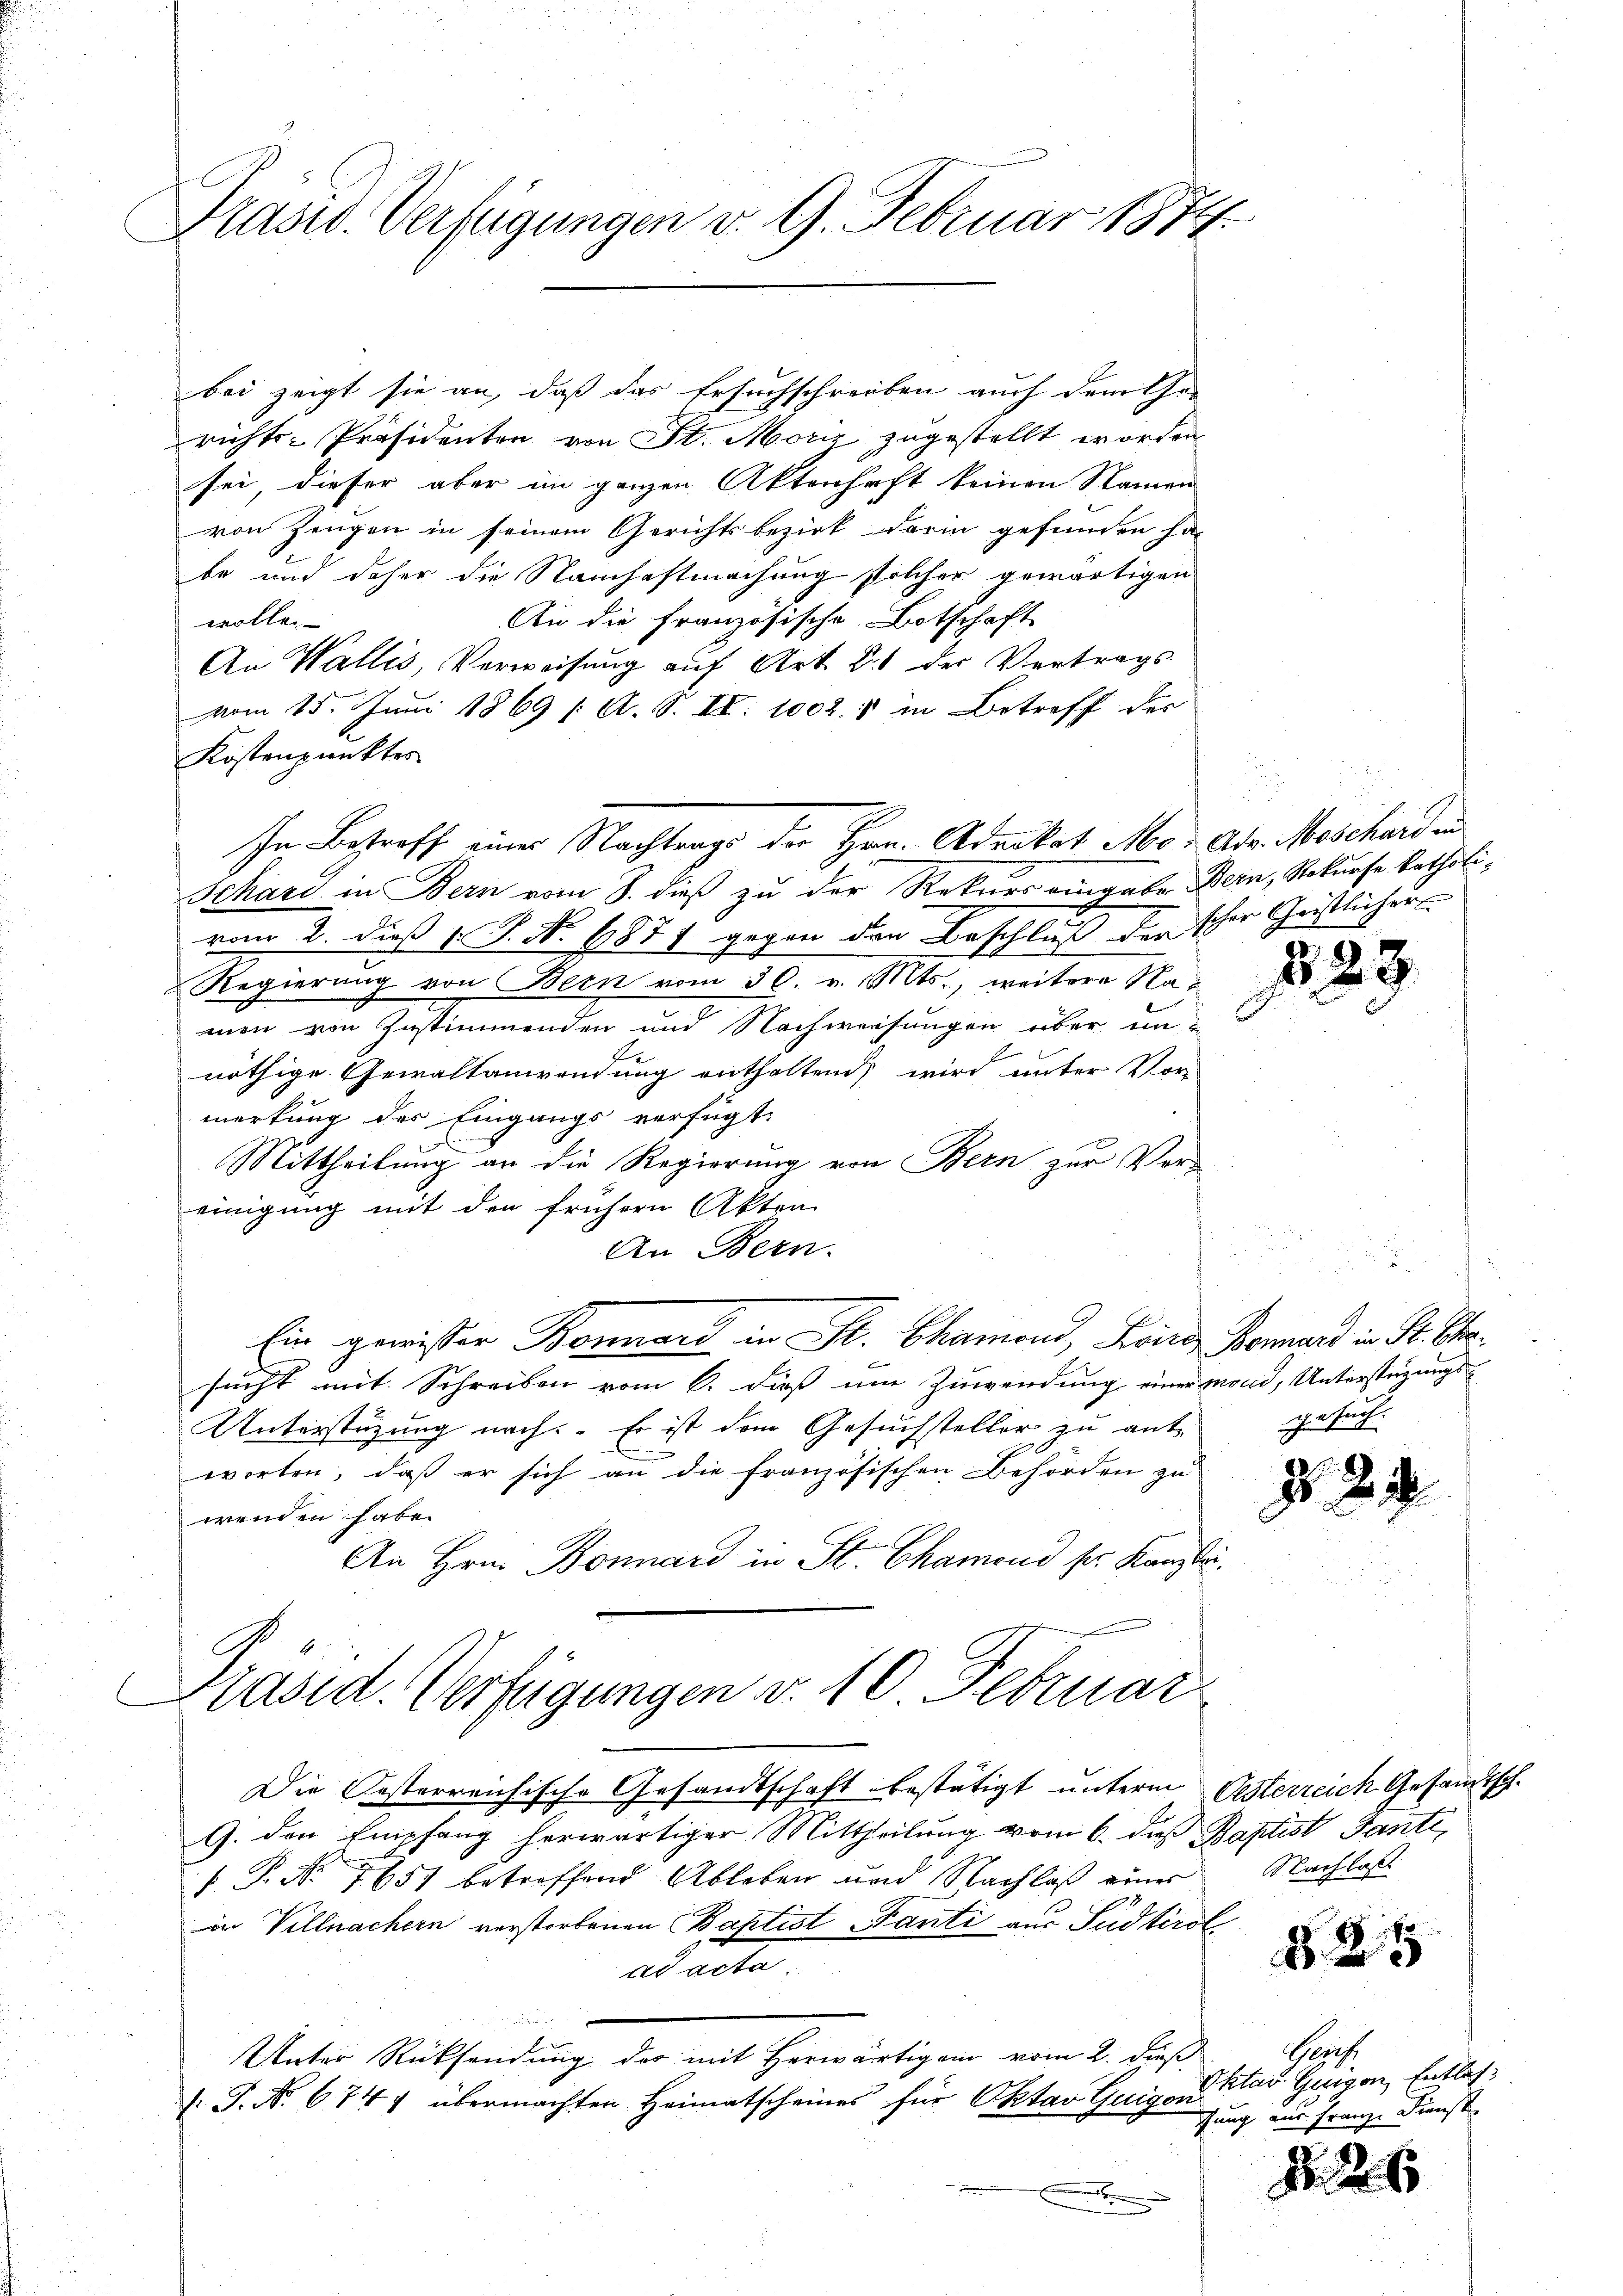
Präsid. Verfügungen v. 9. Februar 1874

bei zeigt sie an, daß das Ersuchschreiben auch dem Ehe-
richts-Präsidenten von St. Moriz zugestellt worden
sei, dieser aber im ganzen Aktenhaft keinen Namen
von Zeugen in seinem Gerichtsbezirk darin gefunden ha
be und daher die Namhaftmachung stilcher gewärtigen
An die Französische Botschaft
wollen
An Wallis, Verweisung auf Art. 2 der Vertrags
vom 15. Juni 1869 /: A. S. II. 1002. 1 in Betreff der
Kostenpunktes
Schard in Bern vom 8. dieß zu der Rekurs eingabe Bern, Rekurse katholivom 2. dieß 1. P. No. 1877 gegen den Beschluß der scher Geistlicher
Regierung von Bern vom 30. v. Mts., weitere Namen von Zustimmenden und Nachweisungen über unnöthige Gewaltanwendung enthaltend, wird unter Vor-
merkung des Eingangs verfügt:
Mittheilung an die Regierung von Bern zur Ver-
einigung mit den frühern Akten
An Bern.
Ein gewisser Bonnard in St. Chamond, Fries Bomand in Fr. Sta
sucht mit Schreiben vom 6. dieß am Zuwendung einer mond, Unterstüzungs-
Unterstützung nach: Es ist dem Gesuchsteller zu ant-
e
worten, daß er sich an die französischen Behörden zu
wenden habe.
An Hrn. Bonnars in St. Chamend sr. Kanzle
Präsid. Verfügungen v. 10 Februar

In Betreff einer Nachtrags der Hrn. Advokat Morden Maschard an

Die Oesterreichische Gesandtschaft bestätigt unterm Oesterreich Gesandtsch.
G. den Empfang herwärtiger Mittheilung vom 6. dieß Baptist Gante,
 P. Nr. 1857 betreffend Ableben und Nachlaß einer
in Villnachern verstorbenen Baptist Fanti aus Südtirol
ad acta.
Unter Rücksendung des mit herwärtigen vom 2. dieß,
1 J. No. 674 übermachten Heimatscheines für Oktav Guigonstav Geigen, Entlas¬
.

2
.

Gesuch

2

3

Nachlaß

825

Gruf.
tung aus Franz Dienst

Nr. 221.